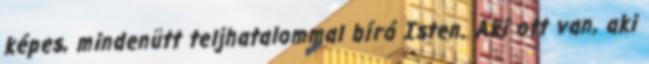
képes, mindenütt teljhatalommal bíró Isten. Aki ott van, aki